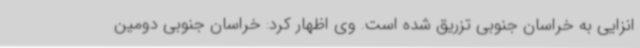
انزایی به خراسان جنوبی تزریق شده است. وی اظهار کرد: خراسان جنوبی دومین